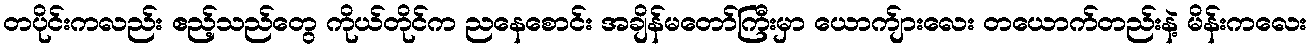
တပိုင်းကလည်း ဧည့်သည်တွေ ကိုယ်တိုင်က ညနေစောင်း အချိန်မတော်ကြီးမှာ ယောက်ျားလေး တယောက်တည်းနဲ့ မိန်းကလေး